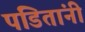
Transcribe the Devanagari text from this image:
पंडितांनीं